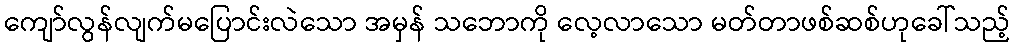
ကျော်လွန်လျက်မပြောင်းလဲသော အမှန် သဘောကို လေ့လာသော မတ်တာဖစ်ဆစ်ဟုခေါ်သည့်